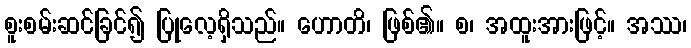
စူးစမ်းဆင်ခြင်၍ ပြုလေ့ရှိသည်။ ဟောတိ၊ ဖြစ်၏။ စ၊ အထူးအားဖြင့်။ အဿ၊